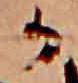
か